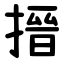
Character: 搢